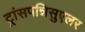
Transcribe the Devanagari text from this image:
ट्रांसपन्निसुएलर